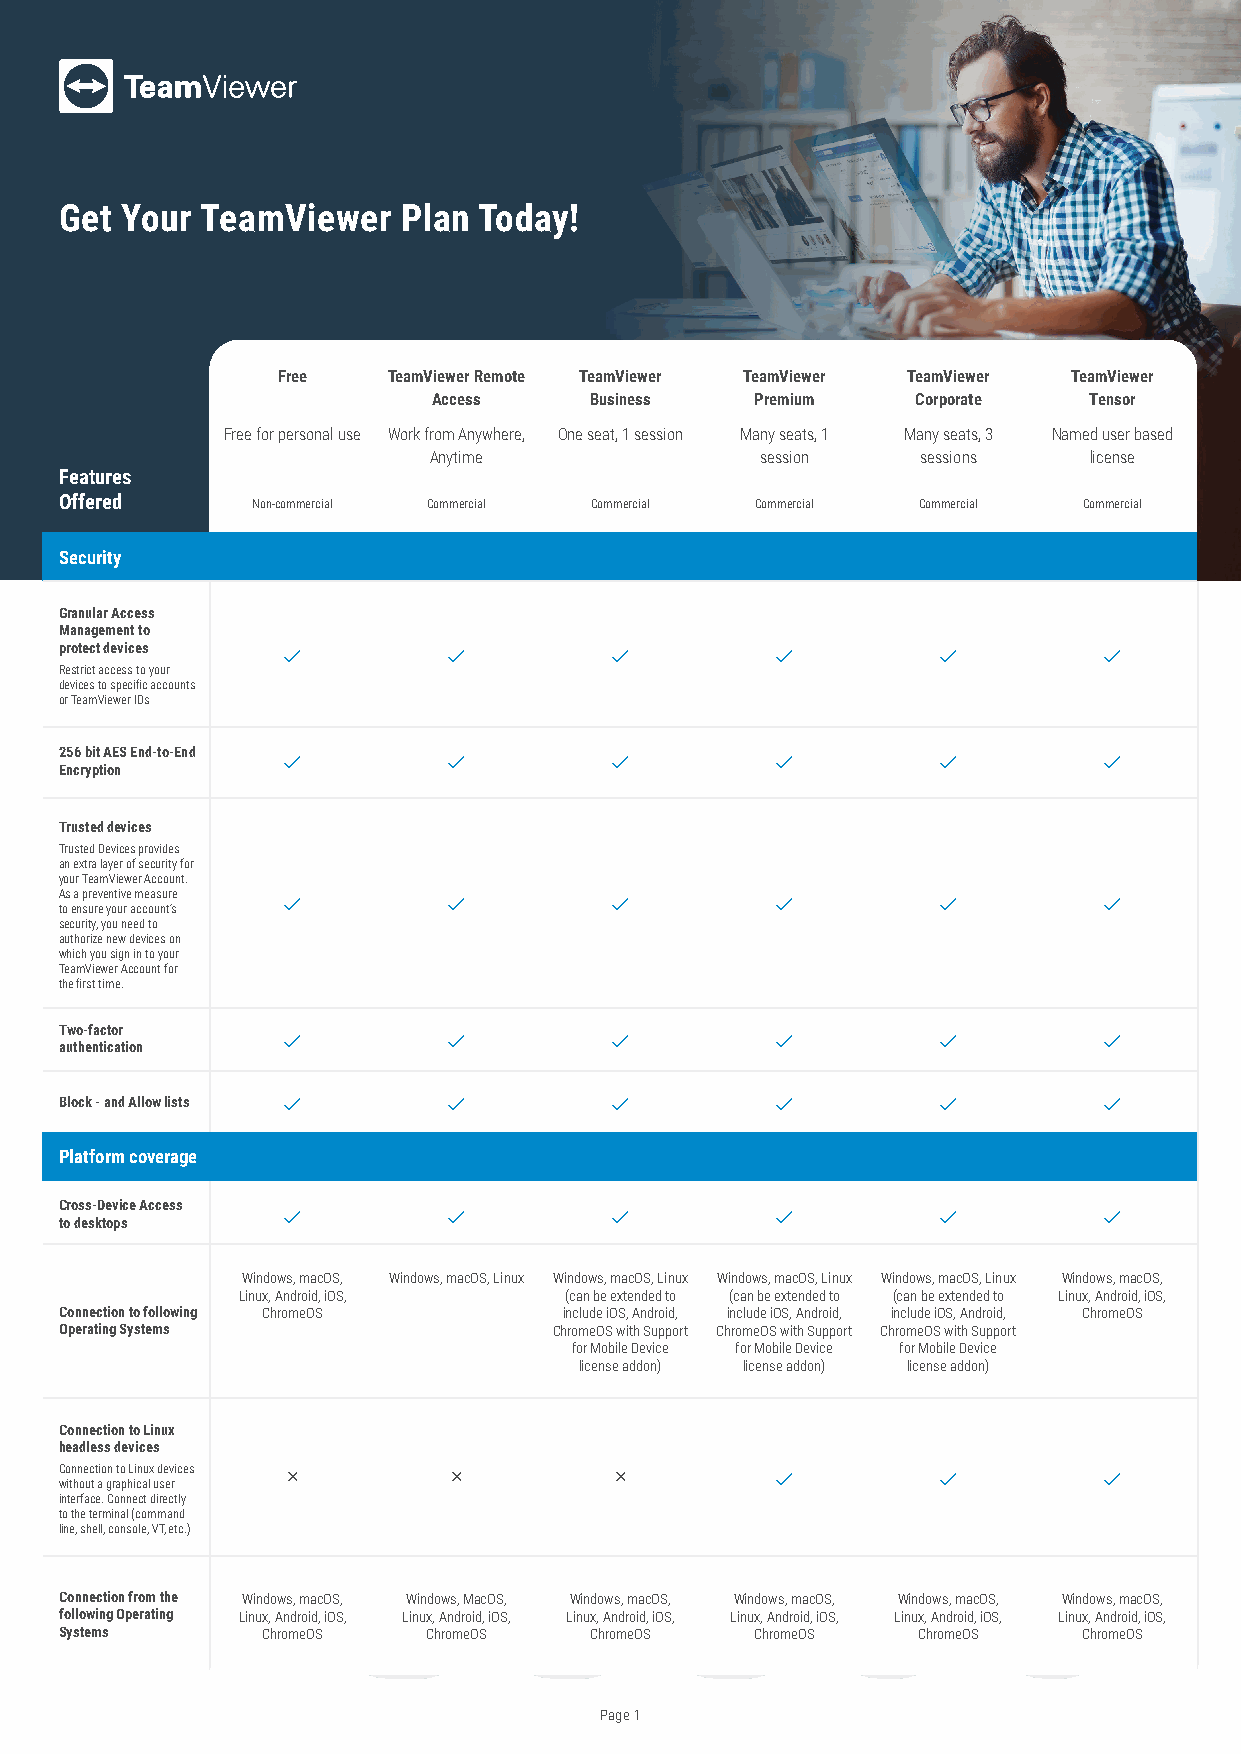
Get Your TeamViewer    Plan Today!
 Free    TeamViewer Remote TeamViewer TeamViewer TeamViewer TeamViewer
 Access    Business   Premium    Corporate  Tensor
 Free for personal use Work from Anywhere, One seat, 1 session Many seats, 1 Many seats, 3 Named user based
 Anytime               session    sessions   license
 Features
 Offered      Non-commercial Commercial Commercial Commercial Commercial Commercial
 Security
 Granular Access
 Management to
 protect devices                                                 
 Restrict access to your
 devices to specific accounts
 or TeamViewer IDs
 256 bit AES End-to-End
                                                  
 Encryption
 Trusted devices
 Trusted Devices provides
 an extra layer of security for
 your TeamViewer Account.
 As a preventive measure                                         
 to ensure your account’s
 security, you need to
 authorize new devices on
 which you sign in to your
 TeamViewer Account for
 the first time.
 Two-factor
                                                  
 authentication
 Block - and Allow lists                                         
 Platform coverage
 Cross-Device Access
                                                  
 to desktops
 Windows, macOS, Windows, macOS, Linux Windows, macOS, Linux Windows, macOS, Linux Windows, macOS, Linux Windows, macOS,
 Linux, Android, iOS, (can be extended to (can be extended to (can be extended to Linux, Android, iOS,
 Connection to following ChromeOS include iOS, Android, include iOS, Android, include iOS, Android, ChromeOS
 Operating Systems                ChromeOS with Support ChromeOS with Support ChromeOS with Support
 for Mobile Device for Mobile Device for Mobile Device
 license addon) license addon) license addon)
 Connection to Linux
 headless devices
 Connection to Linux devices                                     
 without a graphical user
 interface. Connect directly
 to the terminal (command
 line, shell, console, VT, etc.)
 Connection from the Windows, macOS, Windows, MacOS, Windows, macOS, Windows, macOS, Windows, macOS, Windows, macOS,
 following Operating Linux, Android, iOS, Linux, Android, iOS, Linux, Android, iOS, Linux, Android, iOS, Linux, Android, iOS, Linux, Android, iOS,
 Systems      ChromeOS   ChromeOS   ChromeOS   ChromeOS   ChromeOS   ChromeOS
 Page 1